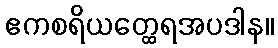
ဧကစရိယတ္ထေရအပဒါန။